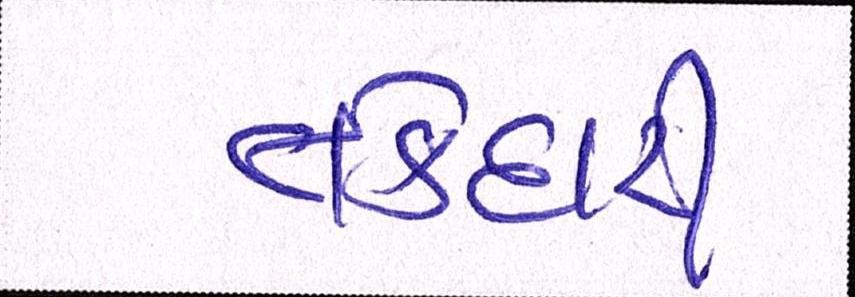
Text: તકેદારી